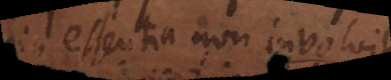
eius essentia non involvit